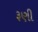
રૂણી